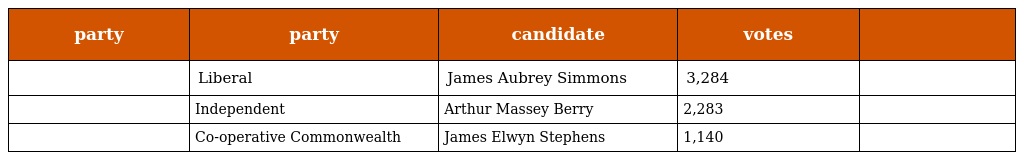
| party | party | candidate | votes |  |
 | --- | --- | --- | --- | --- |
 |  | Liberal | James Aubrey Simmons | 3,284 |  |
 |  | Independent | Arthur Massey Berry | 2,283 |  |
 |  | Co-operative Commonwealth | James Elwyn Stephens | 1,140 |  |